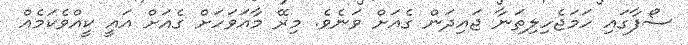
ސޯފާގައި ހަމަޖެހިލިތަނާ ޖައިދަން ގެއަށް ވަނެވެ. މިރޭ މާއަވަހަށް ގެއަށް އައީ ކީއްވެކަމެއް